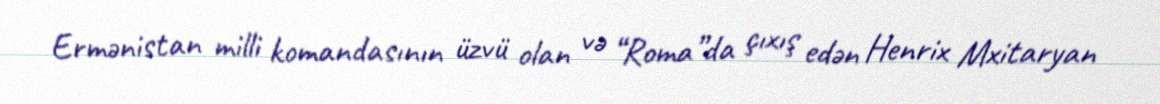
Ermənistan milli komandasının üzvü olan və “Roma”da çıxış edən Henrix Mxitaryan